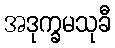
အဒုက္ခမသုခီ